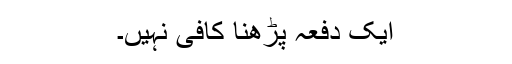
ایک دفعہ پڑھنا کافی نہیں۔